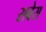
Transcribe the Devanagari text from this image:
सबेस